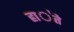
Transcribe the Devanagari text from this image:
हा॓ते